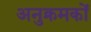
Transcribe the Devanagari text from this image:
अनुक्रमकों